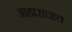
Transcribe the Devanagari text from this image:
आहाराचाच